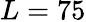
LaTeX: L=75